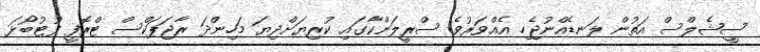
ސީޝެލްސް އަތުން ލަނޑެއްނުޖެހި އެއްވަރުވެ ސްރީލަންކާގައި ކުރިޔަށްދިޔަ މަހިންދަ ރާޖަޕަކްސް ޓްރޮފީ ފުޓުބޯޅަ